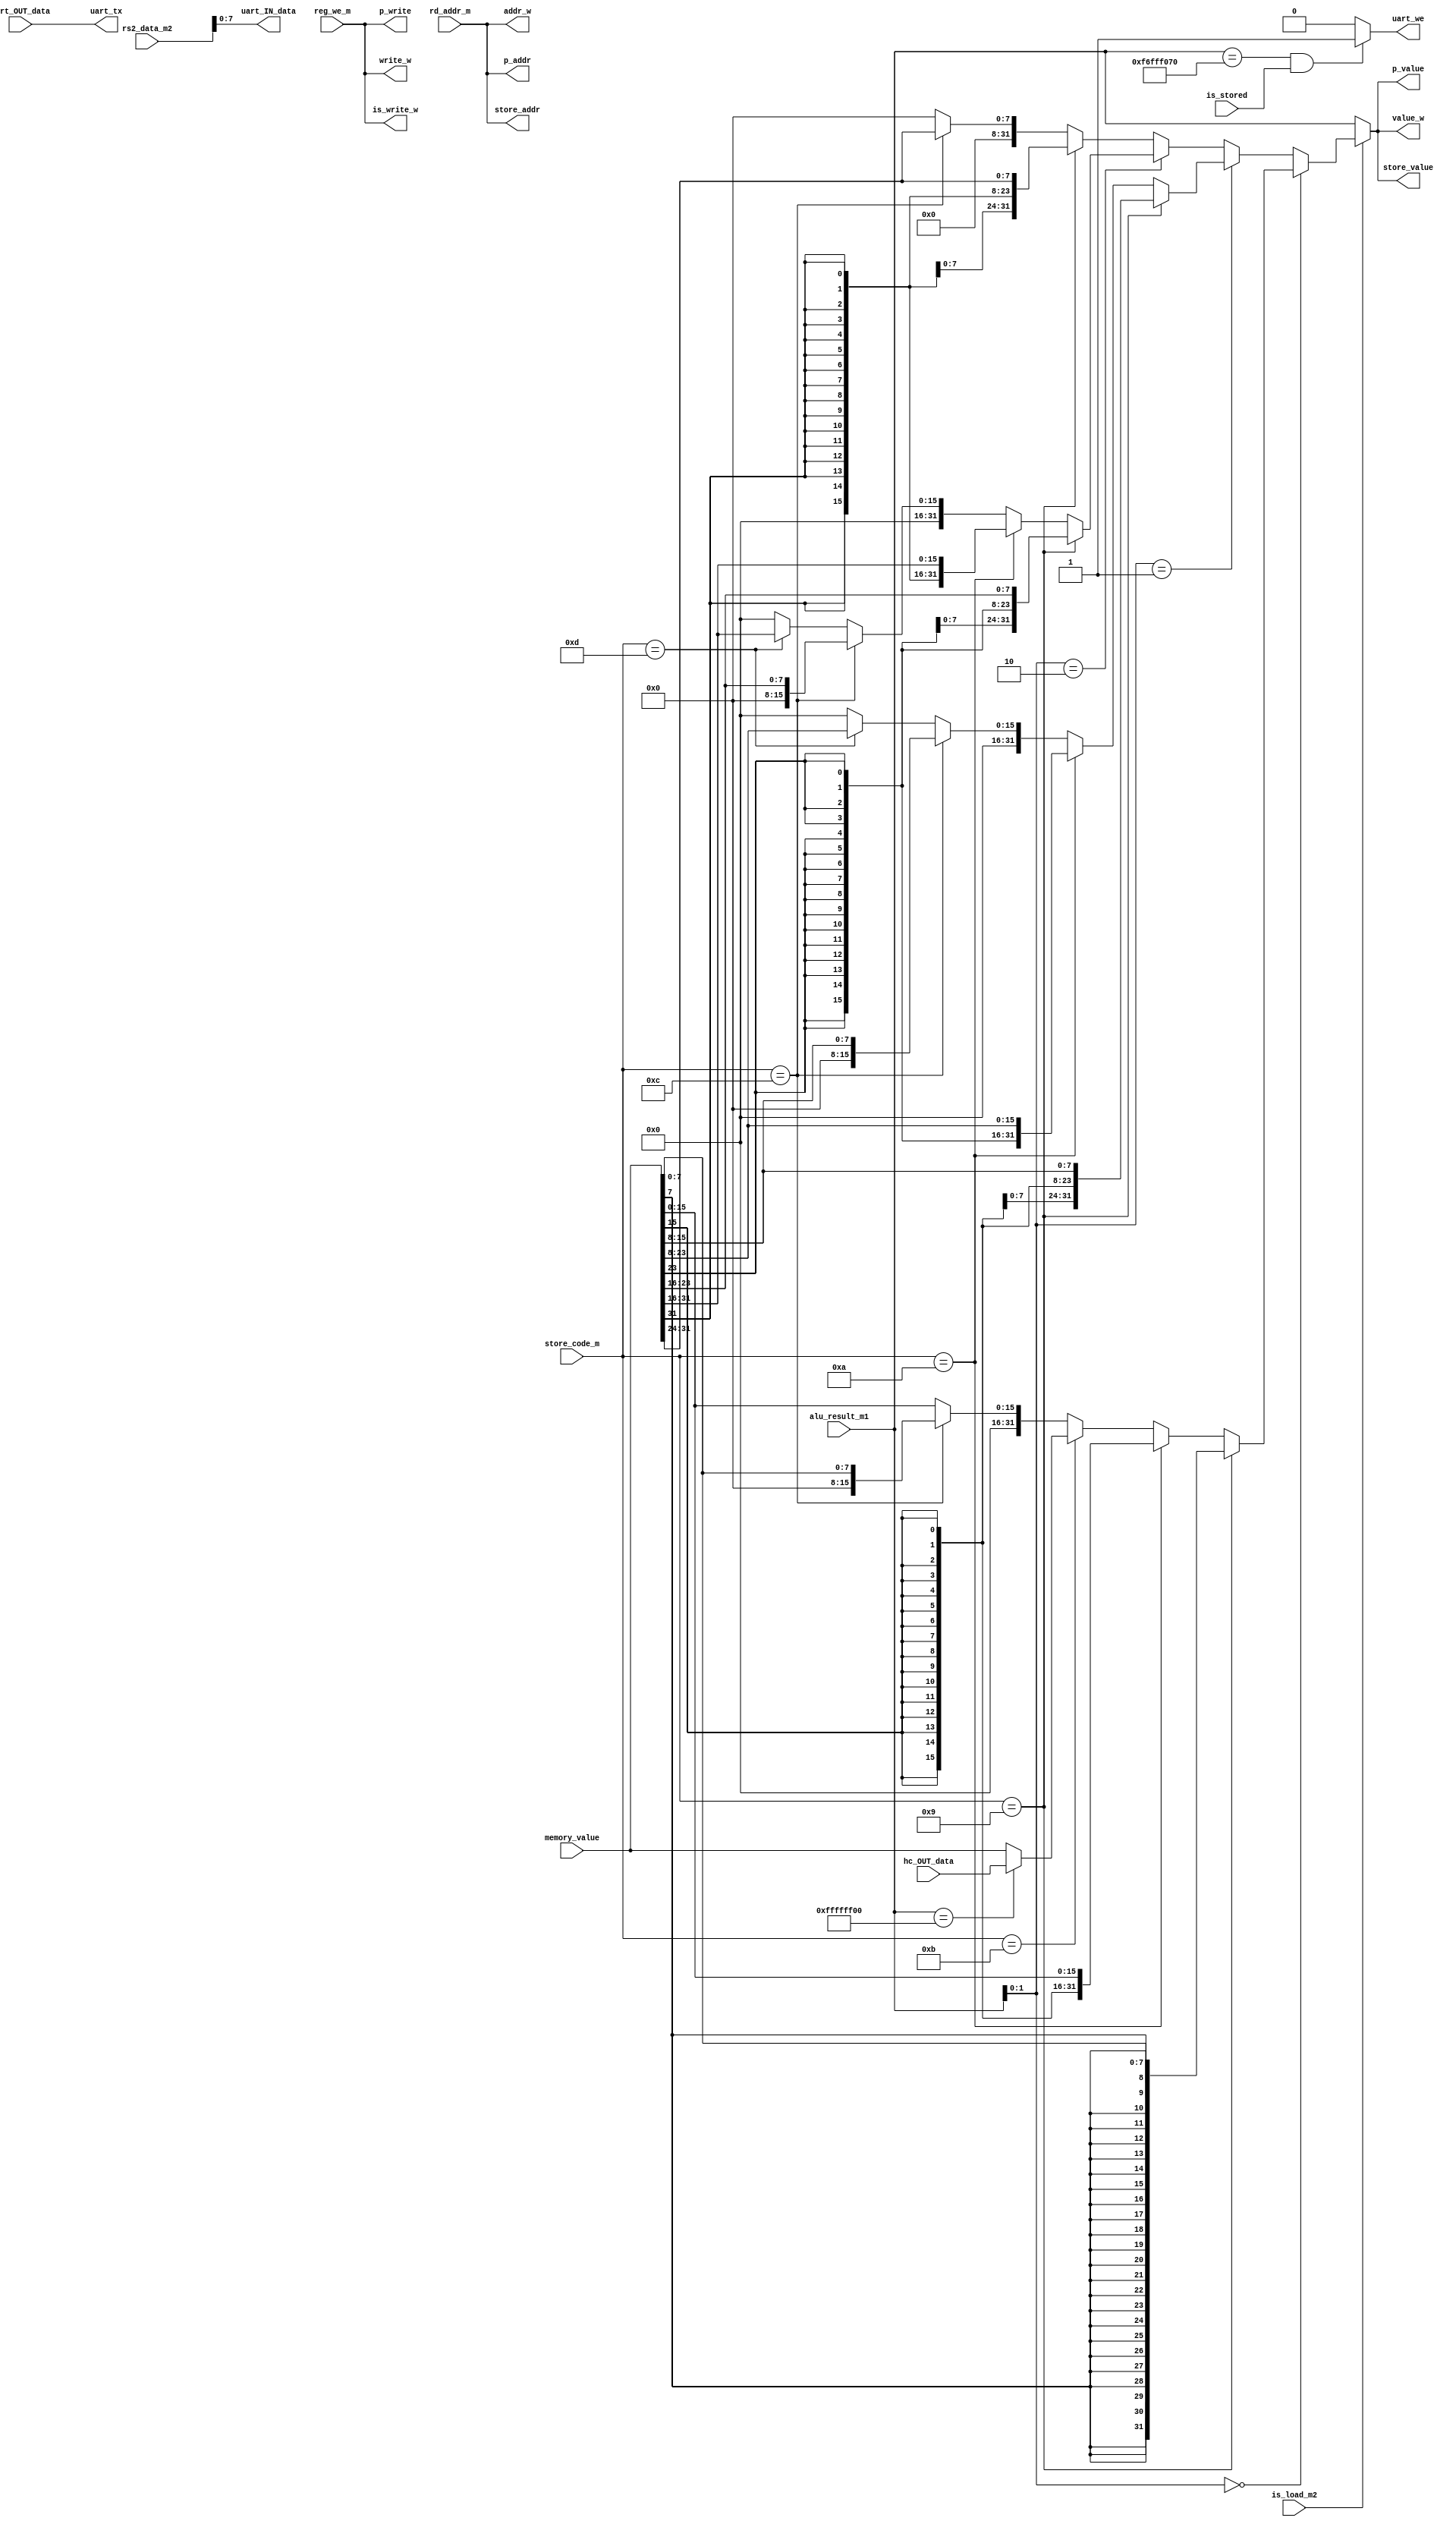
module rd_controller( //　完成。
    input wire [31:0] memory_value,
    input wire is_load_m2,
    input wire [31:0] alu_result_m1,
    input wire [4:0] rd_addr_m,
    input wire reg_we_m,
    input wire [5:0] store_code_m,
    input wire is_stored,
    input [31:0] rs2_data_m2,

    output wire [31:0] store_value,
    output wire [4:0] store_addr,
    output wire is_write_w,
    output wire [31:0] p_value,
    output wire [4:0] p_addr,
    output wire p_write,
    output wire [31:0] value_w,
    output wire [4:0] addr_w,
    output wire write_w,

    // uart
    input wire uart_OUT_data,
    output wire [7:0] uart_IN_data,
    output wire uart_we,
    output wire uart_tx,

    // hardware_counter
    input wire [31:0] hc_OUT_data
);
    function [31:0] get_store;
    input [31:0] memory_value;
    input is_load_m2;
    input [31:0] alu_result_m1;
    input [5:0] store_code_m;
    input is_stored;
    input [31:0] rs2_data_m2;
    begin
        get_store = (is_load_m2) ? (alu_result_m1[1:0] == 2'd0) ? (store_code_m == 6'd9) ? {{24{memory_value[7]}}, memory_value[7:0]} :
        (store_code_m == 6'd10) ? {{16{memory_value[15]}}, memory_value[15:0]} :
        (store_code_m == 6'd11) ? (alu_result_m1[31:0] == 32'hffffff00) ? hc_OUT_data[31:0] : memory_value[31:0] :
        (store_code_m == 6'd12) ? {{24{1'd0}}, memory_value[7:0]} : {{16{1'd0}}, memory_value[15:0]} :
        (alu_result_m1[1:0] == 2'd1) ? (store_code_m == 6'd9) ? {{24{memory_value[15]}}, memory_value[15:8]} :
        (store_code_m == 6'd10) ? {{16{memory_value[23]}}, memory_value[23:8]} :
        (store_code_m == 6'd12) ? {{24{1'd0}}, memory_value[15:8]} :
        (store_code_m == 6'd13) ? {{16{1'd0}}, memory_value[23:8]} : 32'd0 :
        (alu_result_m1[1:0] == 2'd2) ? (store_code_m == 6'd9) ? {{24{memory_value[23]}}, memory_value[23:16]} :
        (store_code_m == 6'd10) ? {{16{memory_value[31]}}, memory_value[31:16]} :
        (store_code_m == 6'd12) ? {{24{1'd0}}, memory_value[23:16]} :
        (store_code_m == 6'd13) ? {{16{1'd0}}, memory_value[31:16]} : 32'd0 :
        (store_code_m == 6'd9) ? {{24{memory_value[31]}}, memory_value[31:24]} :
        (store_code_m == 6'd12) ? {{24{1'd0}}, memory_value[31:24]} : 32'd0 : alu_result_m1;
    end
    endfunction

    assign store_value = get_store(memory_value, is_load_m2, alu_result_m1, store_code_m, is_stored, rs2_data_m2);
    assign store_addr = rd_addr_m;
    assign is_write_w = reg_we_m;
    assign p_value = get_store(memory_value, is_load_m2, alu_result_m1, store_code_m, is_stored, rs2_data_m2);
    assign p_addr = rd_addr_m;
    assign p_write = reg_we_m;
    assign value_w = get_store(memory_value, is_load_m2, alu_result_m1, store_code_m, is_stored, rs2_data_m2);
    assign addr_w = rd_addr_m;
    assign write_w = reg_we_m;
    // // Memory Accessステージに以下のような記述を追加
    assign uart_IN_data = rs2_data_m2[7:0];  // ストアするデータをモジュールへ入力
    assign uart_we = ((alu_result_m1 == 32'hf6fff070) && (is_stored == 1'd1)) ? 1'b1 : 1'b0;  // シリアル通信用アドレスへのストア命令実行時に送信開始信号をアサート
    assign uart_tx = uart_OUT_data;  // シリアル通信モジュールの出力はFPGA外部へと出力

endmodule